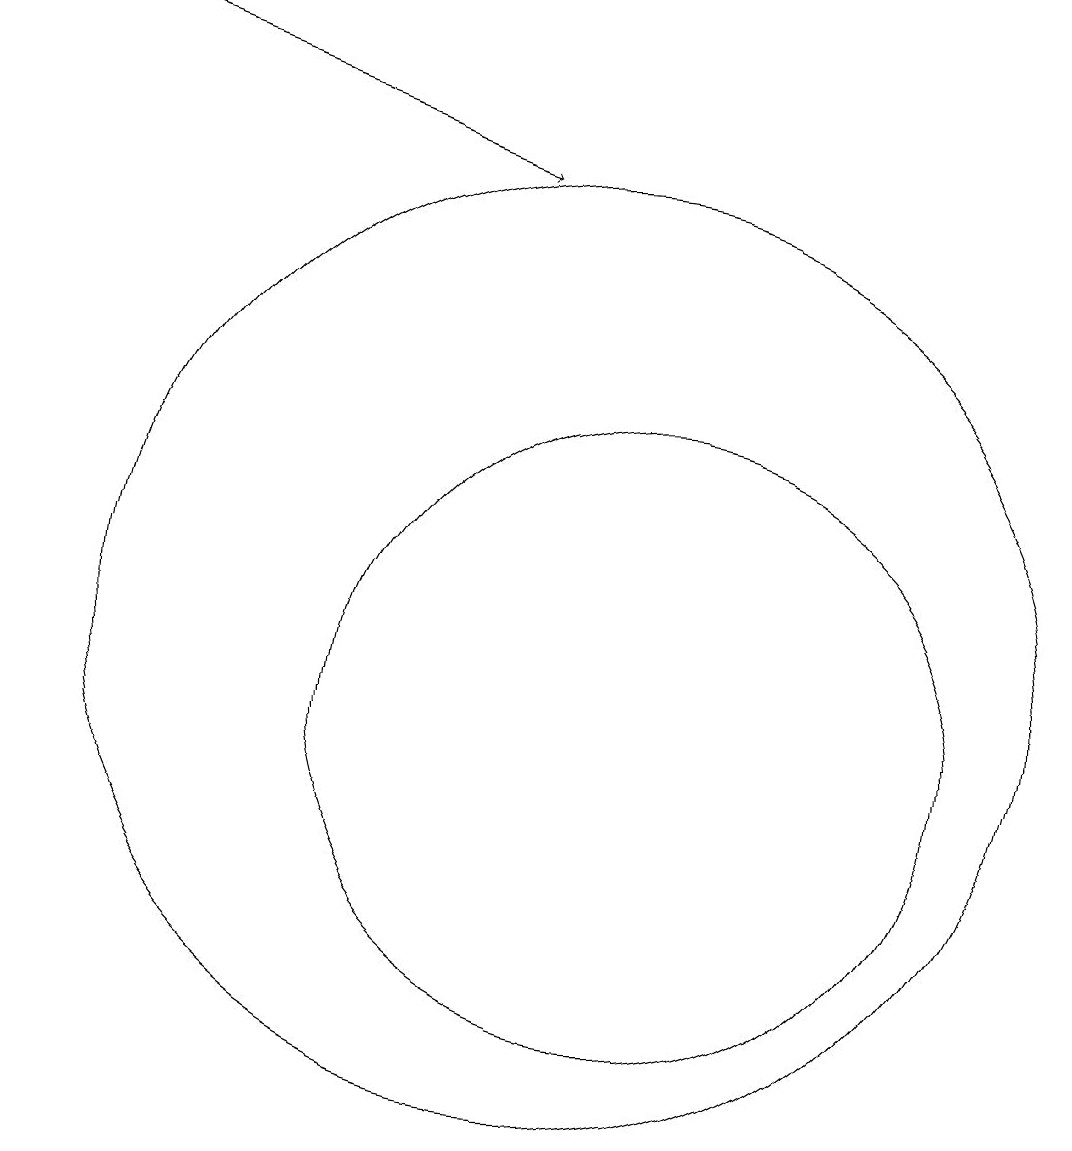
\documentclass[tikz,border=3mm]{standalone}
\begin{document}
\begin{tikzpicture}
\draw (10,11) circle (6);
\draw (11,10) circle (4);
\draw[->] (3,19) -- (9,17);
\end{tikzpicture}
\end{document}